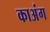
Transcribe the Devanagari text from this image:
काअंग